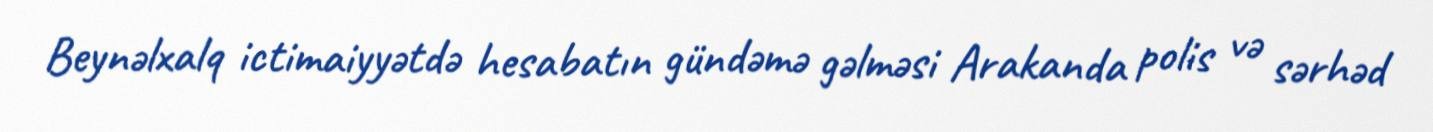
Beynəlxalq ictimaiyyətdə hesabatın gündəmə gəlməsi Arakanda polis və sərhəd